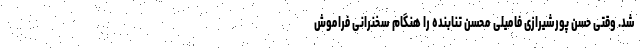
شد. وقتی حسن پورشیرازی فامیلی محسن تنابنده را هنگام سخنرانی فراموش